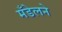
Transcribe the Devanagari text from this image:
मँडेलने